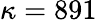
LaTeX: \kappa=891